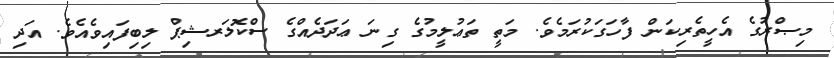
މިޞްރުގެ އެހީތެރިކަން ފާހަގަކުރަމެވެ. މަތީ ތަޢުލީމުގެ ގިނަ ޢަދަދެއްގެ ސްކޮލަރޝިޕް ލިބިފައިވެއެވެ. އަދި